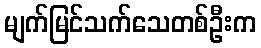
မျက်မြင်သက်သေတစ်ဦးက